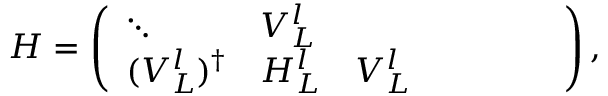
\begin{array} { r } { H = \left( \begin{array} { l l l l l l l } { \ddots } & { V _ { L } ^ { l } } & { } & { } & { } & { } & { } \\ { ( V _ { L } ^ { l } ) ^ { \dagger } } & { H _ { L } ^ { l } } & { V _ { L } ^ { l } } & { } & { } & { } & { } \end{array} \right) , } \end{array}